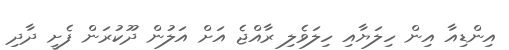
އިންޑިއާ އިން ހިލަޔާއި ހިލަވެލި ރާއްޖެ އަށް އަލުން ދޫކުރަން ފެށީ ދާދި